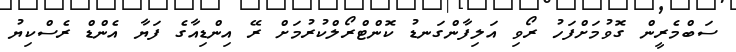
ސަބްމެރީން ގޮވުމަށްފަހު ރޯވި އަލިފާންގަނޑު ކޮންޓްރޯލްކުރުމަށް ރޭ އިންޑިއާގެ ފަޔާ އެންޑް ރެސްކިޔު